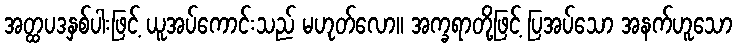
အတ္ထပဒနှစ်ပါးဖြင့် ယူအပ်ကောင်းသည် မဟုတ်လော။ အက္ခရာတို့ဖြင့် ပြအပ်သော အနက်ဟူသော